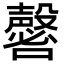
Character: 𡄈